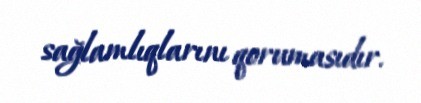
sağlamlıqlarını qorumasıdır.